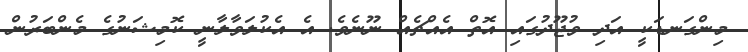
މިންގަނޑަކީ އަދި ވުޖޫދުގައި އޮތް އެއްޗެއް ނޫނެވެ. އެ އެކުލަވާލާނީ ކޮމިޝަނުގެ މެންބަރުން